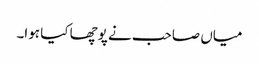
میاں صاحب نے پوچھا کیا ہوا۔